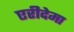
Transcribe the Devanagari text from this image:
एरीदेमा